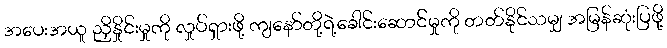
အပေးအယူ ညှိနှိုင်းမှုကို လှုပ်ရှားဖို့ ကျနော်တို့ရဲ့ခေါင်းဆောင်မှုကို တတ်နိုင်သမျှ အမြန်ဆုံးပြဖို့